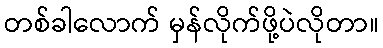
တစ်ခါလောက် မှန်လိုက်ဖို့ပဲလိုတာ။